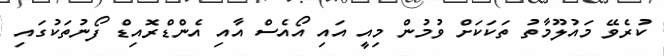
ކުރެވޭ މައުލޫމާތު ތަކަކަށް ވުމުން މިއީ އައި އޯއެސް އާއި އެންޑްރޮއިޑް ފޯނުތަކުގައި